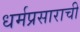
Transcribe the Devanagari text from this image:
धर्मप्रसाराची